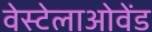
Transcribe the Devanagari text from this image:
वेस्टेलाओवेंड